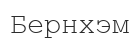
Бернхэм